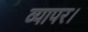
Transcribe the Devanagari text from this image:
व्यापर।